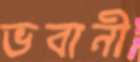
ভবানী